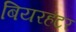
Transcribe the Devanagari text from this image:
बियरहंटर